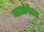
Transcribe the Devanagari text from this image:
थाओपेंटल